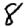
Digit: 8